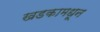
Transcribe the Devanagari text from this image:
खडकामधून